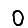
Digit: 0